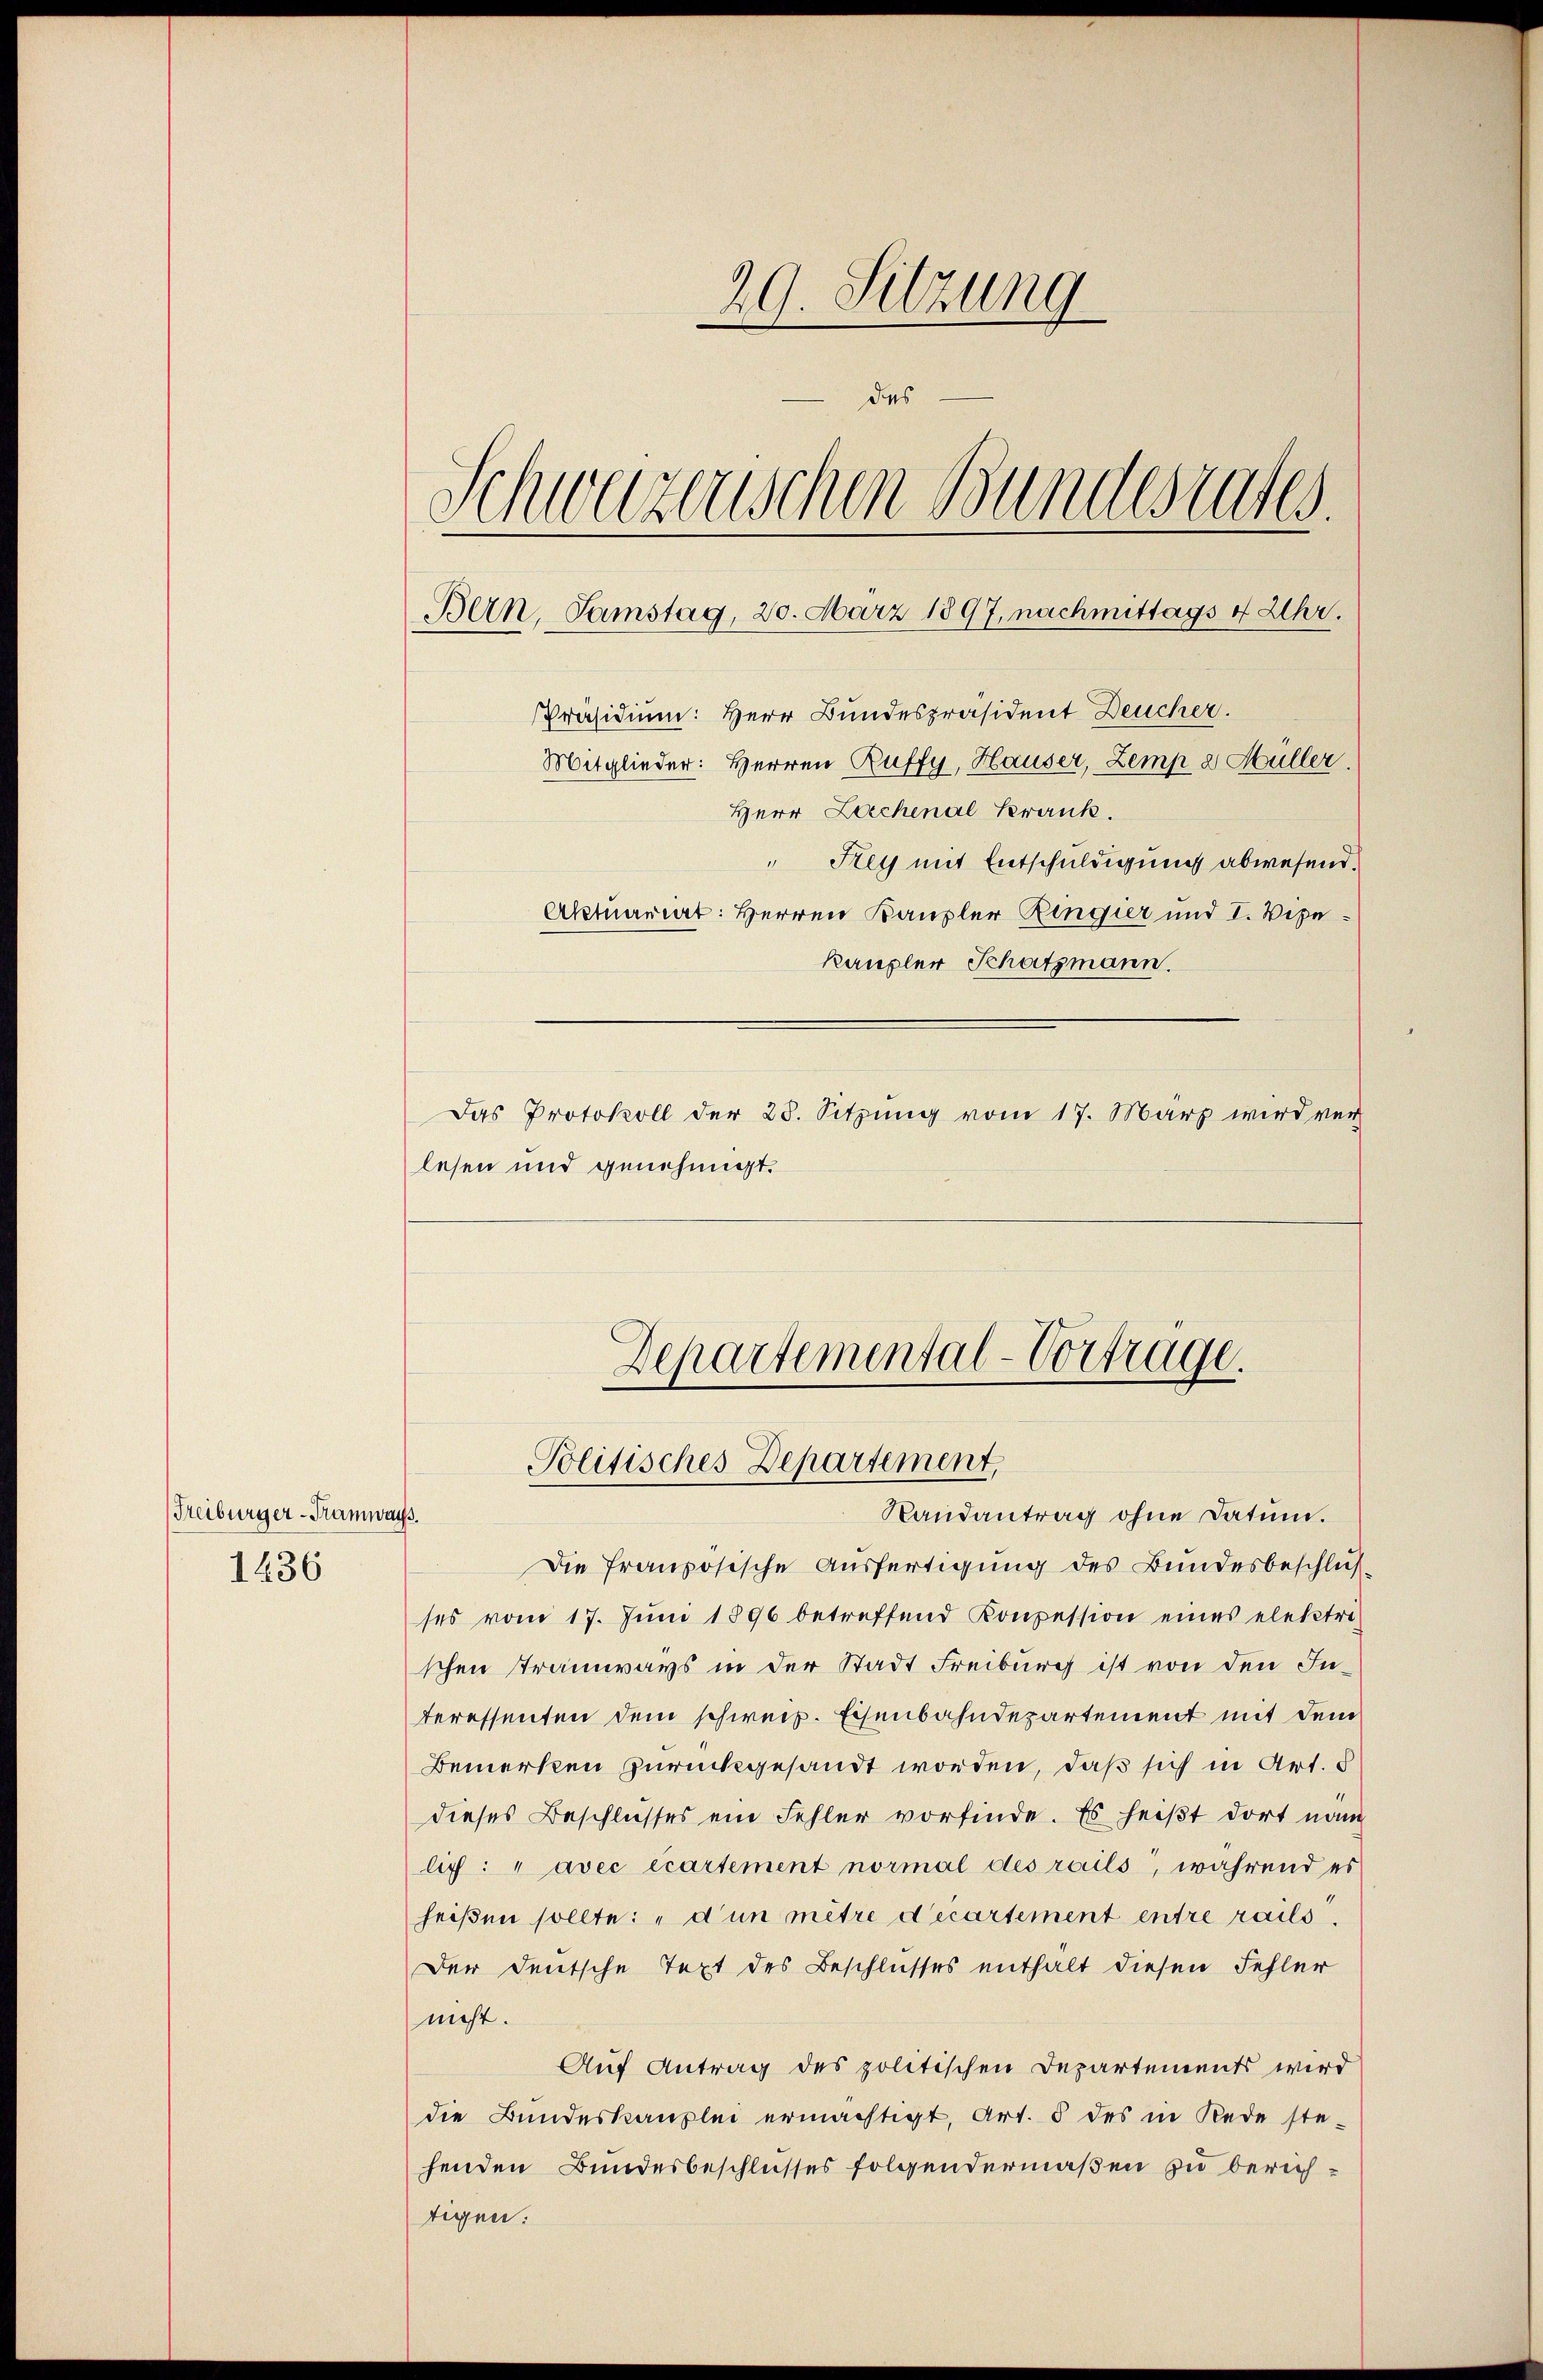
Freiburger-Tramways.
1436

29. Sitzung
des
Schweizerischen Bundesrates
Bern, Samstag, 20. März 1897, nachmittags 4 Uhr.
Präsidium: Herr Bundespräsident Deucher.
Mitglieder: Herren Ruffy, Hauser, Zemp a Hüller.
Herr Leichenal Krank.
" Sey mit Entschuldigung abwesend.
Aktuariat: Herren Kanzler Ringier und I. Vizekaupler Schatzmann.
Das Protokoll der 28. Sitzŭng vom 17. März wird ver

Die französische Ausfertigung des Bundesbeschluß
ses vom 17. Jŭni 1896 betreffend Konzession eines elektri-
schen Stramways in der Stadt Freiburg ist von den Interessenten dem schweiz. Eisenbahndepartement mit dem
Bemerken zurückgesandt worden, daß sich in Art. 5
dieses Beschlusses ein Fehler vorfinde. Es heißt dort nam
lich: " avec écartement normal des rails, während es
heißen sollte: „dun mitre d’écartement entre raits.
Der deutsche Text des Beschlusses enthalt diesen Fehler
nicht.
Auf Antrag des politischen Departements wird
die Bundeskanzlei ermächtigt, Art. 5 des in Rede ste-
henden Bundesbeschlusses folgendermaßen zu berichtigner:

lesen und genehmigt.

Departemental-Vortrage.
Politisches Departement,
Randantrag ohne Datum.